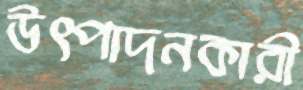
উৎপাদনকারী